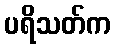
ပရိသတ်က